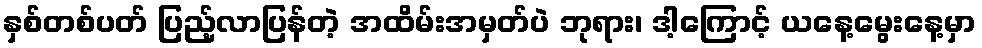
နှစ်တစ်ပတ် ပြည့်လာပြန်တဲ့ အထိမ်းအမှတ်ပဲ ဘုရား၊ ဒါ့ကြောင့် ယနေ့မွေးနေ့မှာ